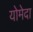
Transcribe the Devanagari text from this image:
योमेदा